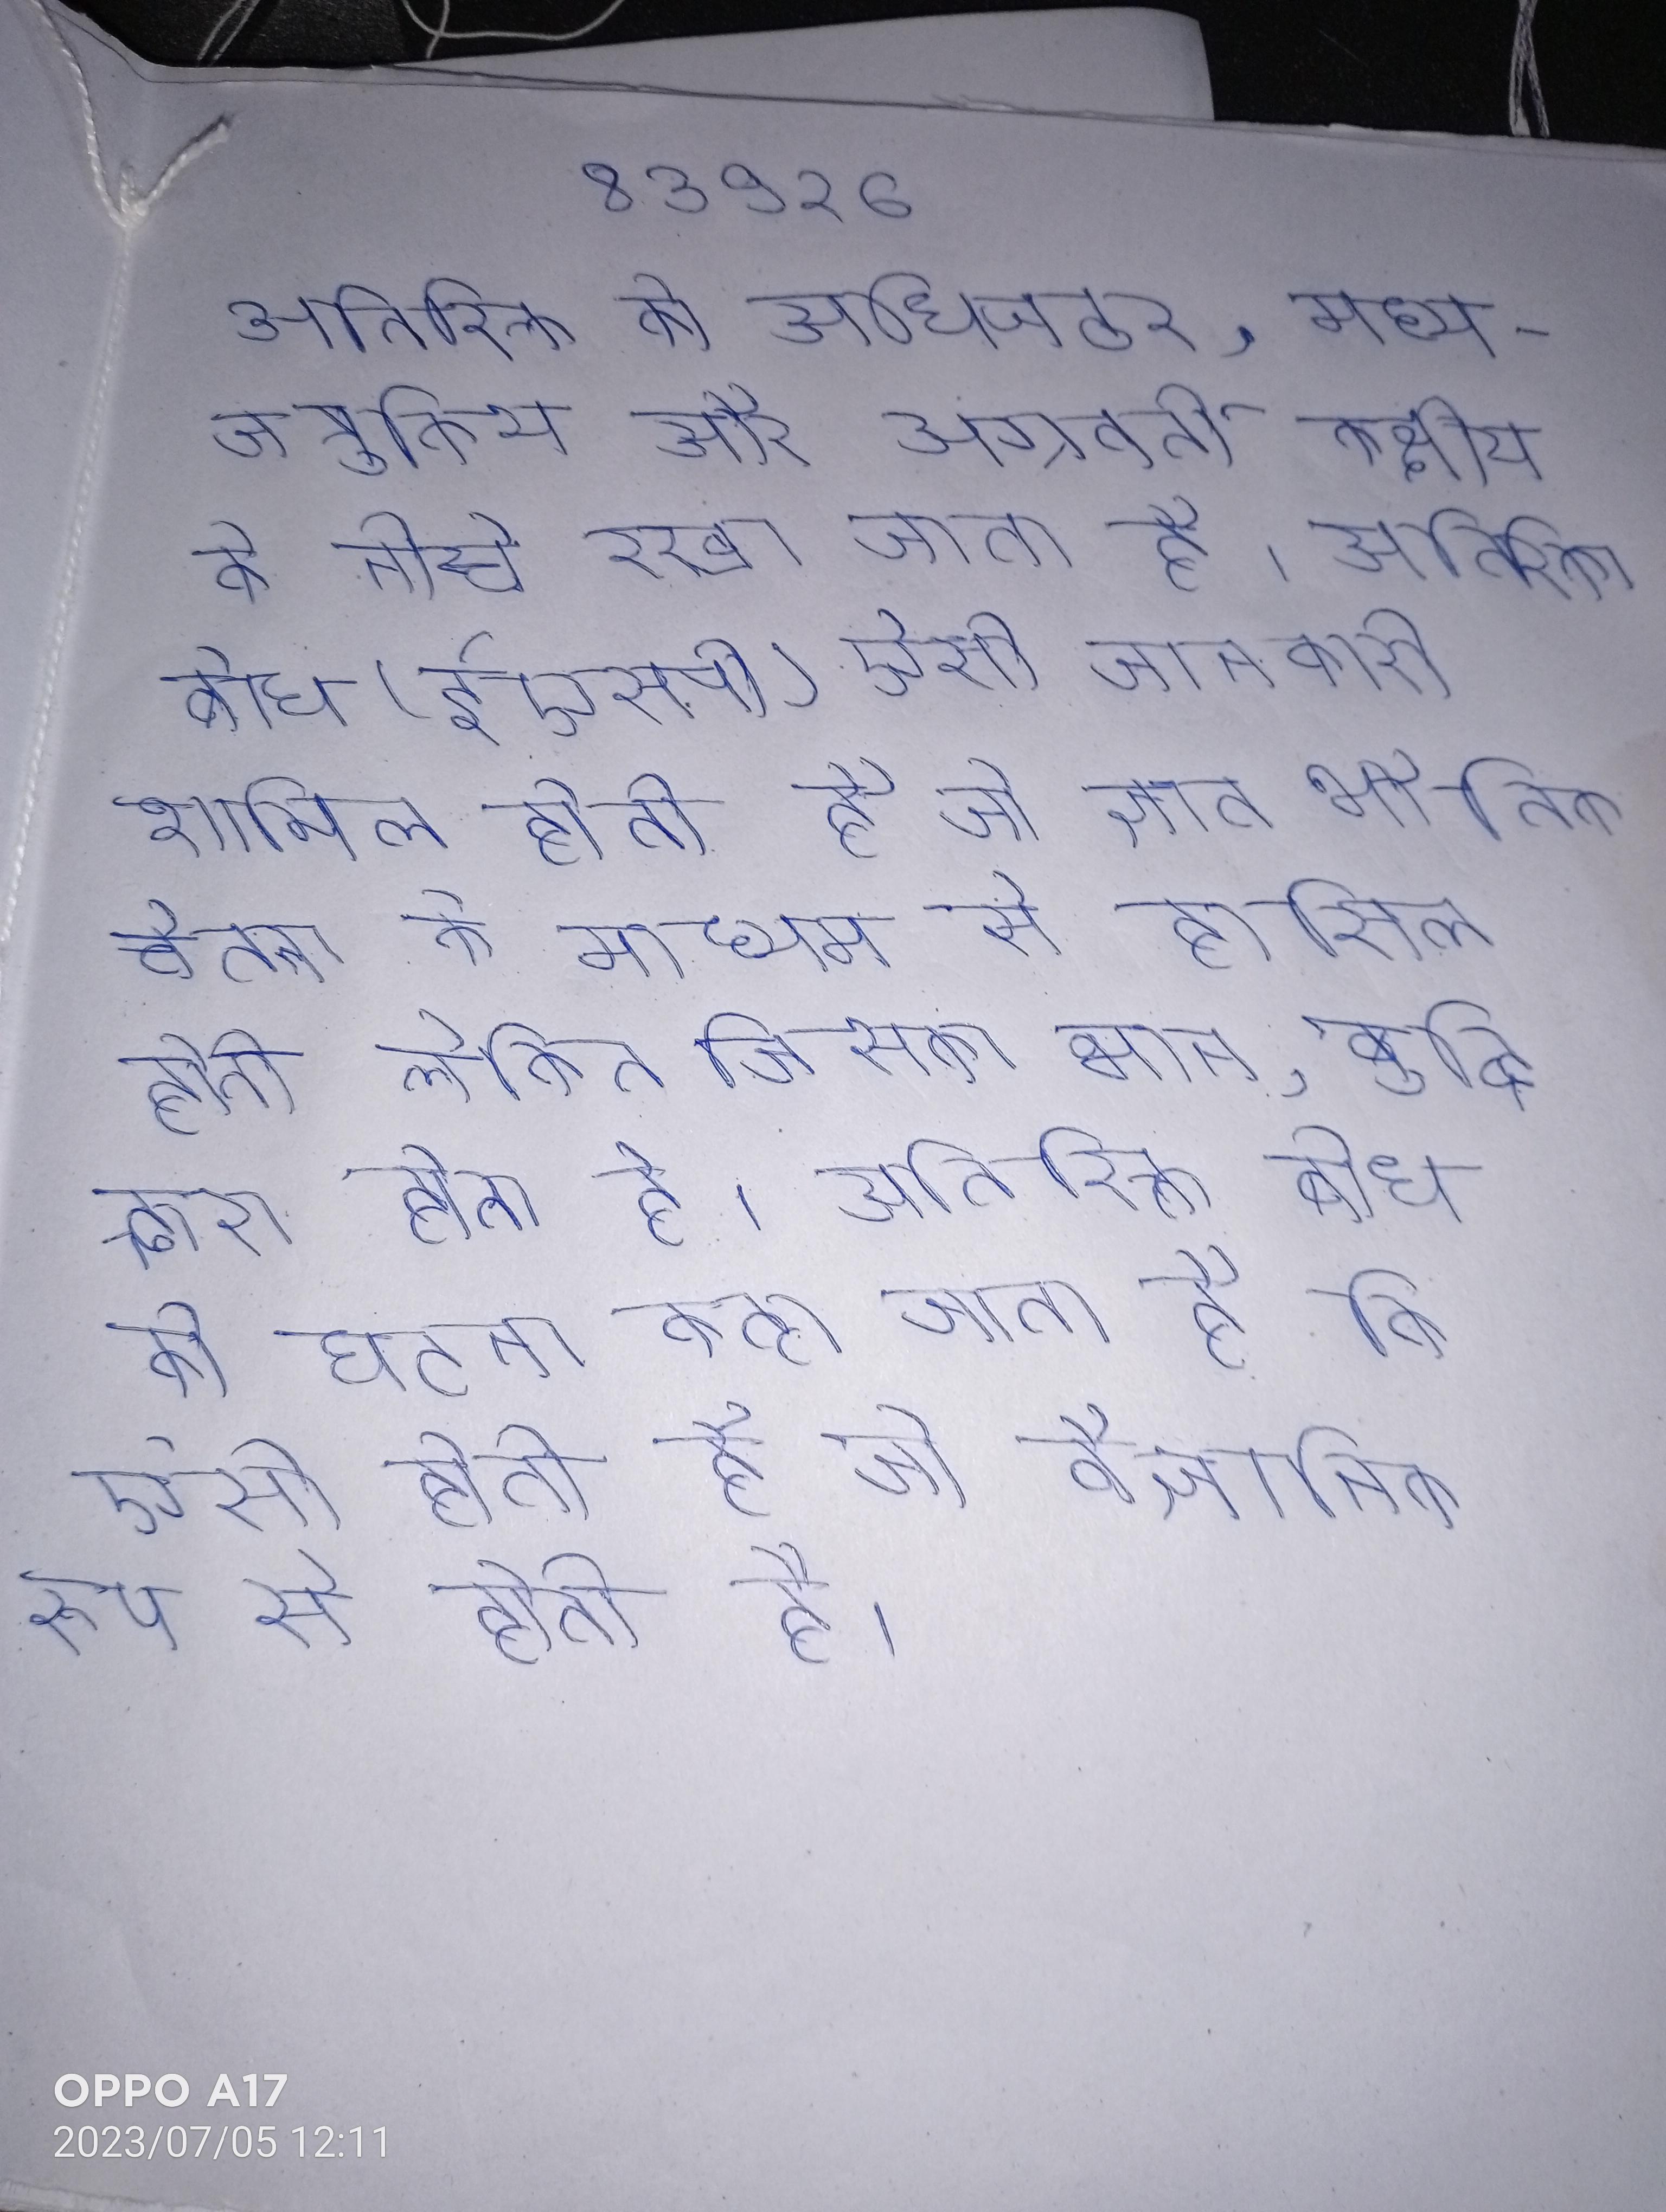
अतिरिक्त को अधिजठर, मध्य-जत्रुकीय और अग्रवर्ती कक्षीय के नीचे रखा जाता है । अतिरिक्त बोध (ईएसपी) ऐसी जानकारी शामिल होती है जो ज्ञात भौतिक चेतना के माध्यम से हासिल होती लेकिन जिसका भान, बुद्धि द्वारा होता है । अतिरिक्त बोध की घटना कहा जाता है कि ऐसी होती है जो वैज्ञानिक रूप से होती है ।